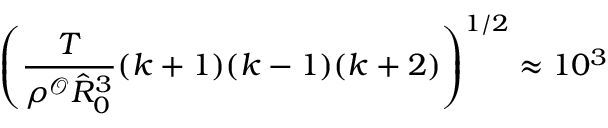
\left( \frac { T } { \rho ^ { \mathcal { O } } \hat { R } _ { 0 } ^ { 3 } } ( k + 1 ) ( k - 1 ) ( k + 2 ) \right) ^ { 1 / 2 } \approx 1 0 ^ { 3 }